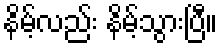
နိမ့်လည်း နိမ့်သွားပြီ။